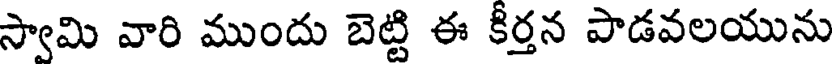
స్వామి వారి ముందు బెట్టి ఈ కీర్తన పాడవలయును